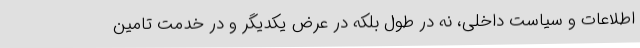
اطلاعات و سیاست داخلی، نه در طول بلکه در عرض یکدیگر و در خدمت تامین